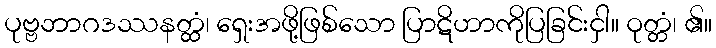
ပုဗ္ဗဘာဂဒဿနတ္ထံ၊ ရှေးအဖို့ဖြစ်သော ပြာဋိဟာကိုပြခြင်းငှါ။ ဝုတ္တံ၊ ၏။